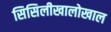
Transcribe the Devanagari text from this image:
सिसिलीखालोखाल